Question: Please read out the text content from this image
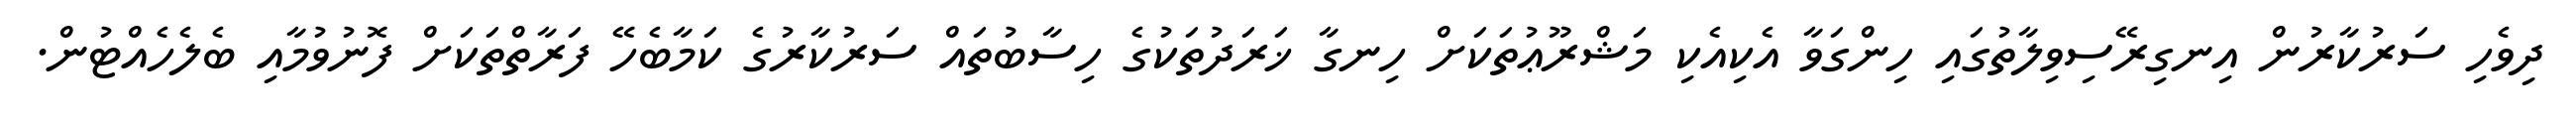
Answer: ދިވެހި ސަރުކާރުން އިނގިރޭސިވިލާތުގައި ހިންގަވާ އެކިއެކި މަޝްރޫޢުތަކަށް ހިނގާ ޚަރަދުތަކުގެ ހިސާބުތައް ސަރުކާރުގެ ކަމާބެހޭ ފަރާތްތަކަށް ފޮނުވުމާއި ބެލެހެއްޓުން.